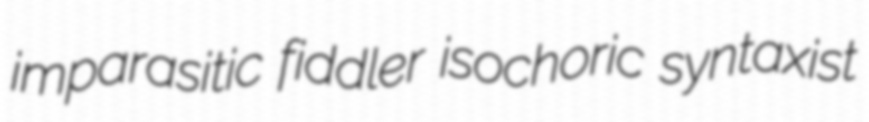
imparasitic fiddler isochoric syntaxist